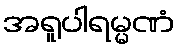
အရူပါရမ္မဏံ